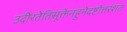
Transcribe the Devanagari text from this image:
उदीरतेतिसूक्तेनहुनेदष्टोत्तरंशतं